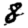
Digit: 8